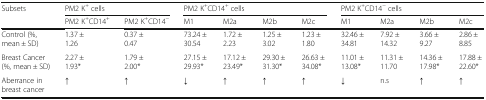
<table><thead><tr><td rowspan="2"><b>Subsets</b></td><td colspan="2"><b>PM2 K<sup>+</sup> cells</b></td><td colspan="4"><b>PM2 K<sup>+</sup>CD14<sup>+</sup> cells</b></td><td colspan="4"><b>PM2 K<sup>+</sup>CD14<sup>−</sup> cells</b></td></tr><tr><td><b>PM2 K<sup>+</sup>CD14<sup>+</sup></b></td><td><b>PM2 K<sup>+</sup>CD14<sup>−</sup></b></td><td><b>M1</b></td><td><b>M2a</b></td><td><b>M2b</b></td><td><b>M2c</b></td><td><b>M1</b></td><td><b>M2a</b></td><td><b>M2b</b></td><td><b>M2c</b></td></tr></thead><tbody><tr><td>Control (%, mean ± SD)</td><td>1.37 ± 1.26</td><td>0.37 ± 0.47</td><td>73.24 ± 30.54</td><td>1.72 ± 2.23</td><td>1.25 ± 3.02</td><td>1.23 ± 1.80</td><td>32.46 ± 34.81</td><td>7.92 ± 14.32</td><td>3.66 ± 9.27</td><td>2.86 ± 8.85</td></tr><tr><td>Breast Cancer (%, mean ± SD)</td><td>2.27 ± 1.93*</td><td>1.79 ± 2.00*</td><td>27.15 ± 29.93*</td><td>17.12 ± 23.49*</td><td>29.30 ± 31.30*</td><td>26.63 ± 34.08*</td><td>11.01 ± 13.08*</td><td>11.31 ± 11.70</td><td>14.36 ± 17.98*</td><td>17.88 ± 22.60*</td></tr><tr><td>Aberrance in breast cancer</td><td><b>↑</b></td><td><b>↑</b></td><td><b>↓</b></td><td><b>↑</b></td><td><b>↑</b></td><td><b>↑</b></td><td><b>↓</b></td><td>n.s</td><td><b>↑</b></td><td><b>↑</b></td></tr></tbody></table>